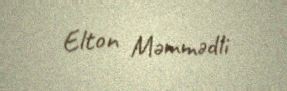
Elton Məmmədli